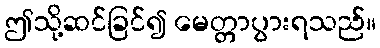
ဤသို့ဆင်ခြင်၍ မေတ္တာပွားရသည်။